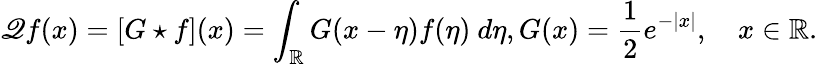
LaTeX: \mathscr{Q}f(x)=[G\star f](x)=\int_{\mathbb R}G(x-\eta)f(\eta)\ d\eta,G(x)=\frac{1}{2}e^{-|x|},\quad x\in\mathbb R.